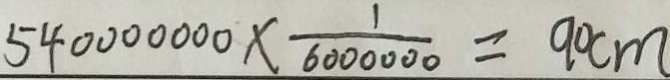
5 4 0 0 0 0 0 0 0 \times \frac { 1 } { 6 0 0 0 0 0 0 } = 9 0 c m